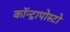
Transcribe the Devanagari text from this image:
कॉन्ट्रापोस्टो